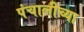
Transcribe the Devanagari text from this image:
पंचालीच्या